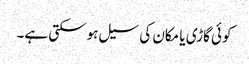
کوئی گاڑی یا مکان کی سیل ہوسکتی ہے۔